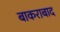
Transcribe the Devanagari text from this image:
बाकराबाद